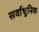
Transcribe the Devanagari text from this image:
सर्वाधुनिक